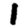
Digit: 1